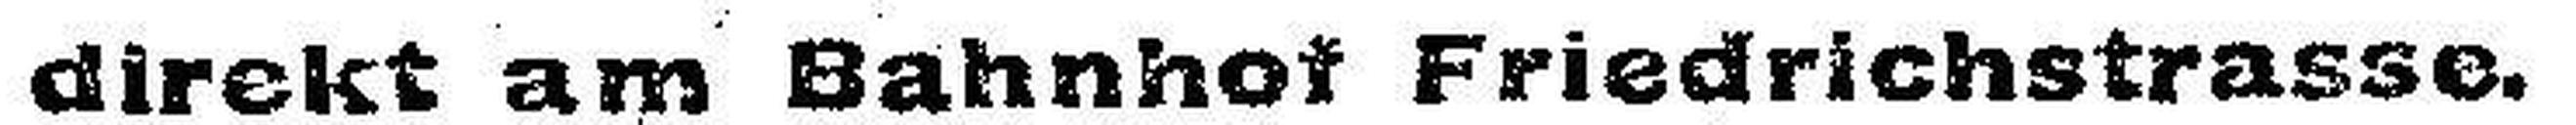
direkt am Bahnhof Friedrichstrasse.